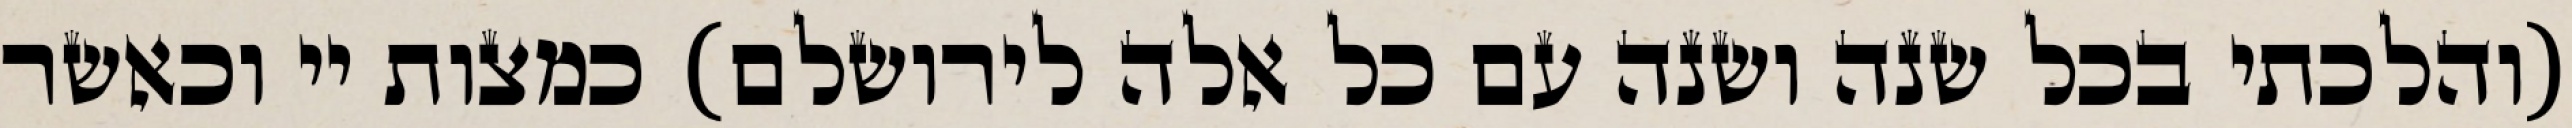
(והלכתי בכל שנה ושנה עם כל אלה לירושלם) כמצות יי וכאשר